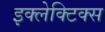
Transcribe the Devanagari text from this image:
इक्लेक्टिक्स